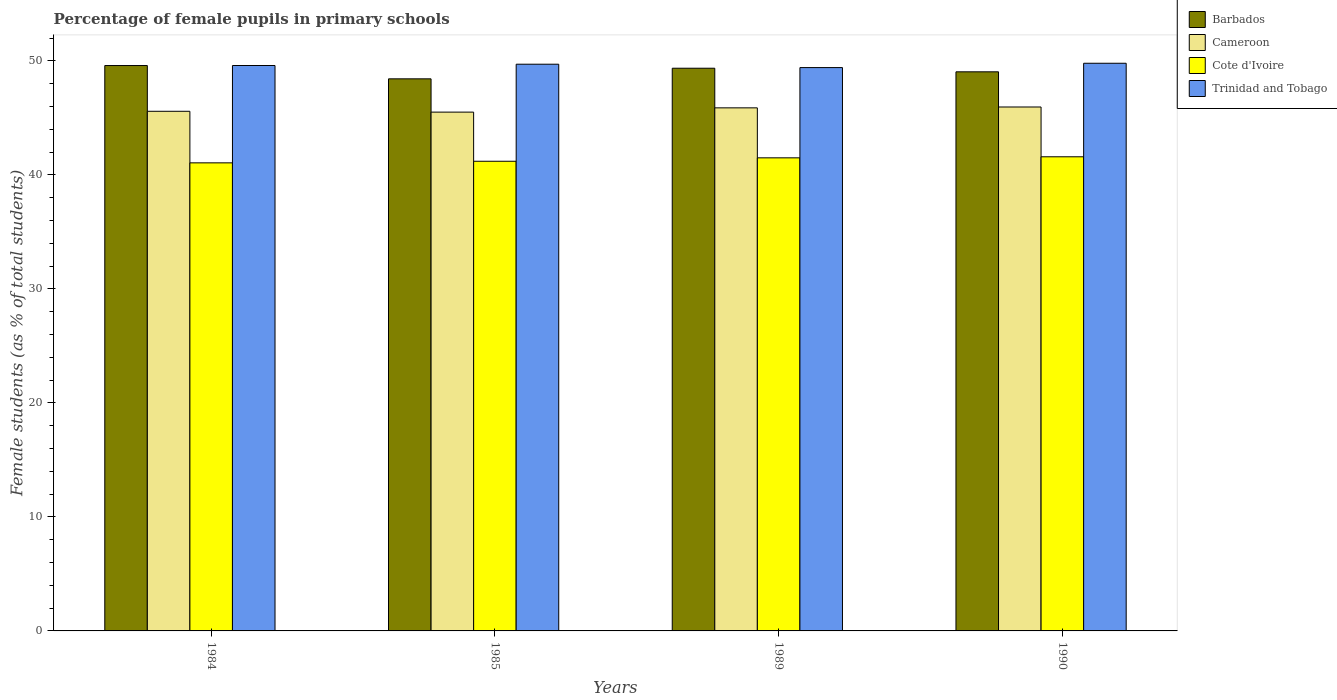
| Years | Barbados | Cameroon | Cote d'Ivoire | Trinidad and Tobago |
 | --- | --- | --- | --- | --- |
 | 1984 | 49.6 | 45.6 | 41.1 | 49.6 |
 | 1985 | 48.4 | 45.5 | 41.2 | 49.7 |
 | 1989 | 49.4 | 45.9 | 41.5 | 49.4 |
 | 1990 | 49 | 46 | 41.6 | 49.8 |